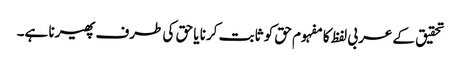
تحقیق کے عربی لفظ کا مفہوم حق کو ثابت کرنا یا حق کی طرف پھیرنا ہے۔